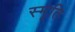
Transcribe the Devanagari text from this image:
स्‍मृति